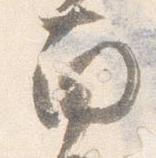
南